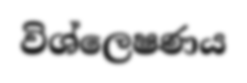
විශ්ලෙෂණය